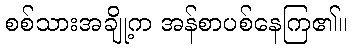
စစ်သားအချို့က အန်စာပစ်နေကြ၏။